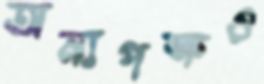
অন্যপক্ষও